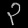
Digit: ၃